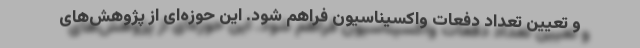
و تعیین تعداد دفعات واکسیناسیون فراهم شود. این حوزه‌ای از پژوهش‌های